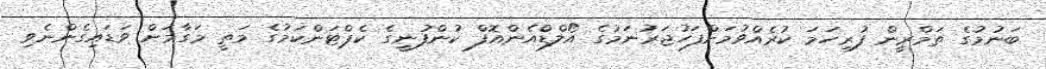
ބަނުމުގެ ތަމްރީން ފުރިހަމަ ކުރެއްވުމަށްފަހުޖަރުނަމުގެ އޯލްޑްއެންއޮފް ކުންފުނީގެ ކެޕްޓަންކަމުގެ މަތީ މަގާމަށް ވަޑައިގެންނެވި